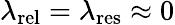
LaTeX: \lambda_{\mathrm{{rel}}}=\lambda_{\mathrm{{res}}}\approx 0